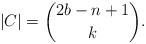
LaTeX: \begin{align*}|C|=\binom{2b-n+1}{k}.\end{align*}